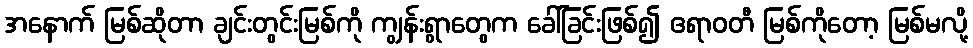
အနောက် မြစ်ဆိုတာ ချင်းတွင်းမြစ်ကို ကျွန်းရွာတွေက ခေါ်ခြင်းဖြစ်၍ ဧရာဝတီ မြစ်ကိုတော့ မြစ်မလို့